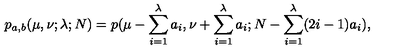
p _ { a , b } ( \mu , \nu ; \lambda ; N ) = p ( \mu - \sum _ { i = 1 } ^ { \lambda } a _ { i } , \nu + \sum _ { i = 1 } ^ { \lambda } a _ { i } ; N - \sum _ { i = 1 } ^ { \lambda } ( 2 i - 1 ) a _ { i } ) ,